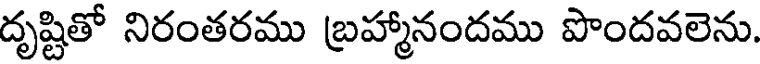
దృష్టితో నిరంతరము బ్రహ్మానందము పొందవలెను.